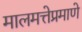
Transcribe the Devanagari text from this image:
मालमत्तेप्रमाणे